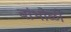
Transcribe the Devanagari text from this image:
बांभोळी